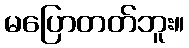
မပြောတတ်ဘူး။